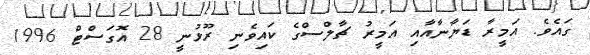
ގައެވެ. އަމީރާ ޑަޔާނާއާއި އަމީރު ޗާލްސްގެ ކައިވެނި ރޫޅުނީ 28 އޮގަސްޓް 1996